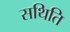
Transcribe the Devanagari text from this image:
सथिति